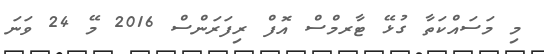
މި މަސައްކަތާ ގުޅޭ ޓާރމްސް އޮފް ރިފަރަންސް 2016 މޭ 24 ވަނަ